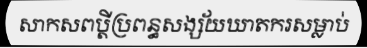
សាកសពប្តីប្រពន្ធសង្ស័យឃាតករសម្លាប់